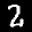
Label: 2